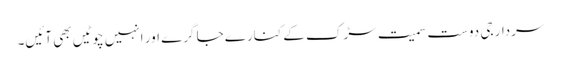
سردار جی دوست سمیت سڑک کے کنارے جا گرے اور انہیں چوٹیں بھی آئیں۔